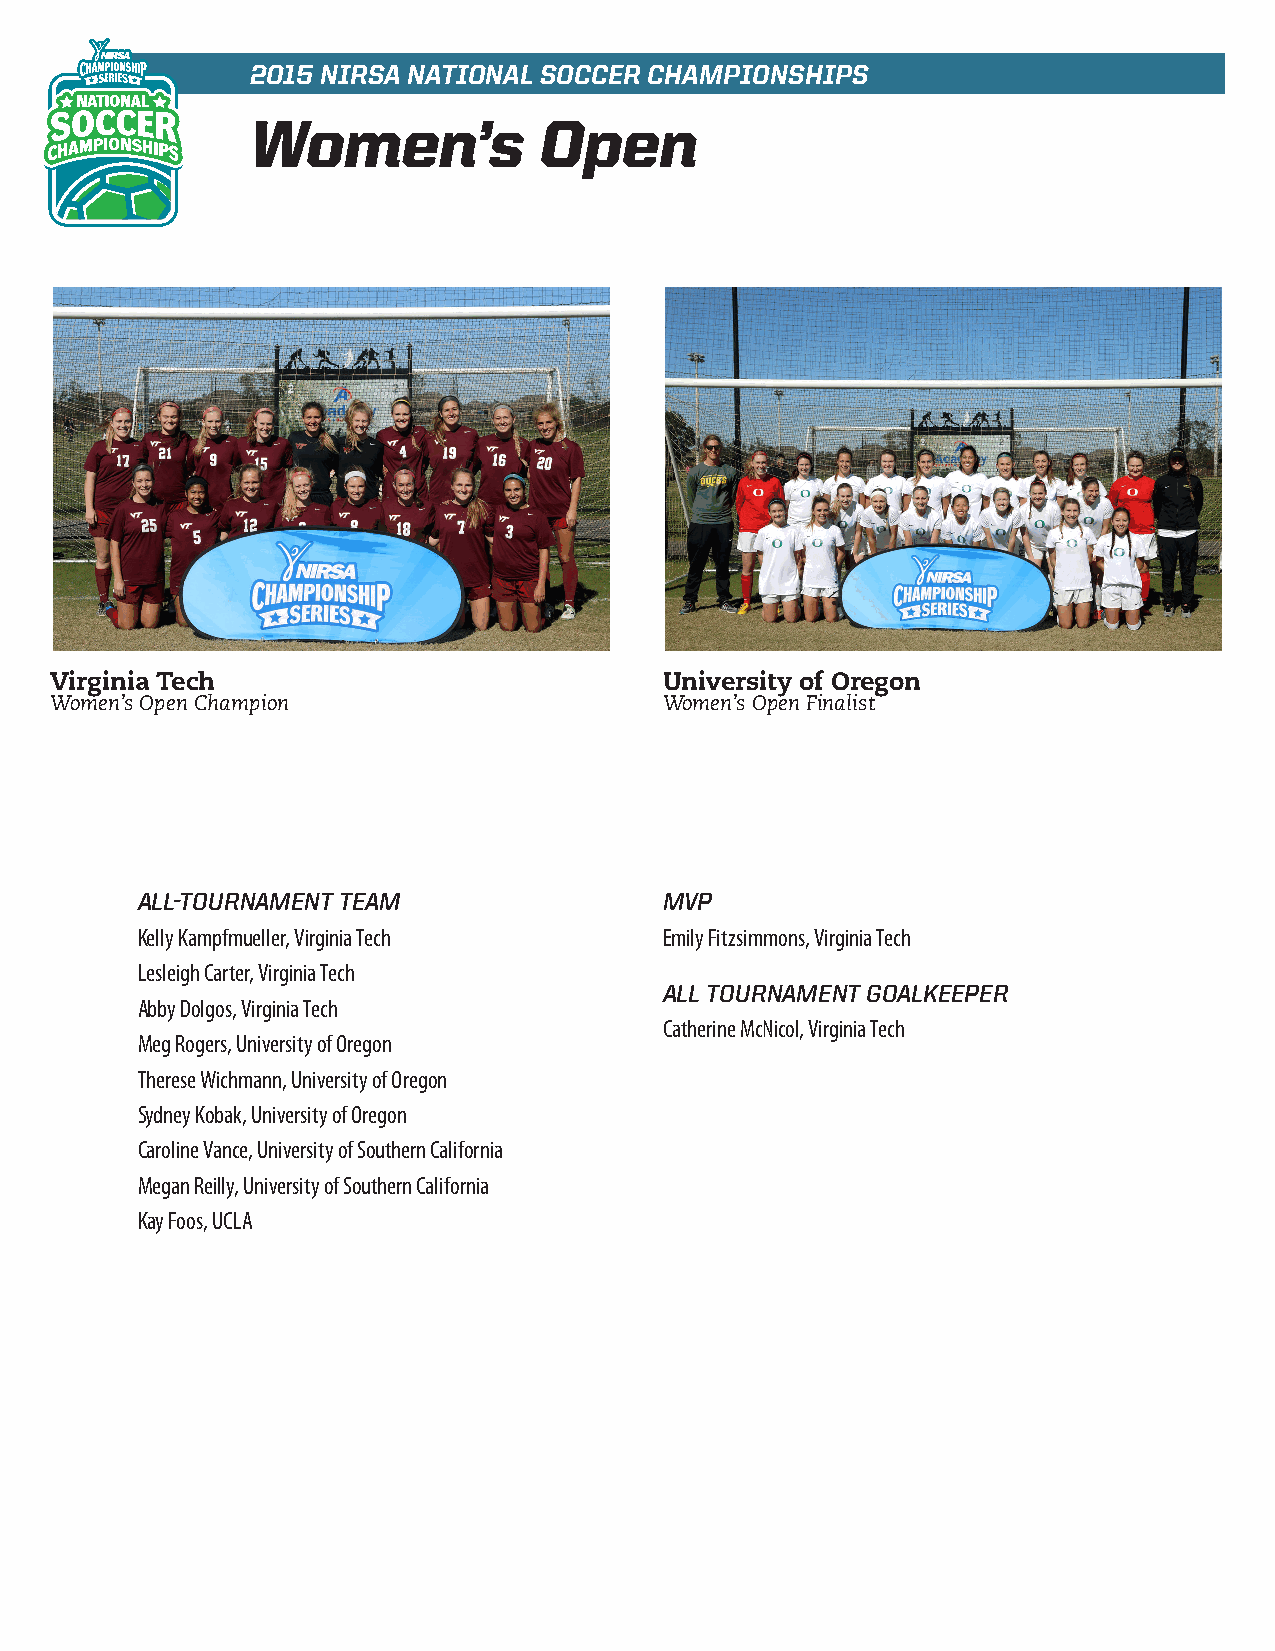
2015 NIRSA NATIONAL SOCCER CHAMPIONSHIPS
 Women’s            Open
 Virginia Tech                            University of Oregon
 Women’s Open Champion                    Women’s Open Finalist
 ALL-TOURNAMENT TEAM                MVP
 Kelly Kampfmueller, Virginia Tech  Emily Fitzsimmons, Virginia Tech
 Lesleigh Carter, Virginia Tech
 ALL TOURNAMENT GOALKEEPER
 Abby Dolgos, Virginia Tech
 Catherine McNicol, Virginia Tech
 Meg Rogers, University of Oregon
 Therese Wichmann, University of Oregon
 Sydney Kobak, University of Oregon
 Caroline Vance, University of Southern California
 Megan Reilly, University of Southern California
 Kay Foos, UCLA